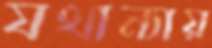
যথান্যায়